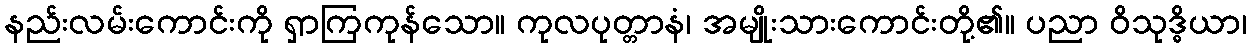
နည်းလမ်းကောင်းကို ရှာကြကုန်သော။ ကုလပုတ္တာနံ၊ အမျိုးသားကောင်းတို့၏။ ပညာ ဝိသုဒ္ဓိယာ၊